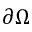
\partial \Omega